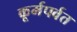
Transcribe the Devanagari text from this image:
कूर्मपर्वत